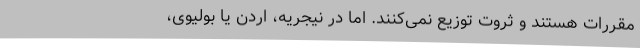
مقررات هستند و ثروت توزیع نمی‌کنند. اما در نیجریه، اردن یا بولیوی،